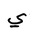
Letter: _ya